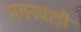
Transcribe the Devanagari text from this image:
मगनवाड़ी